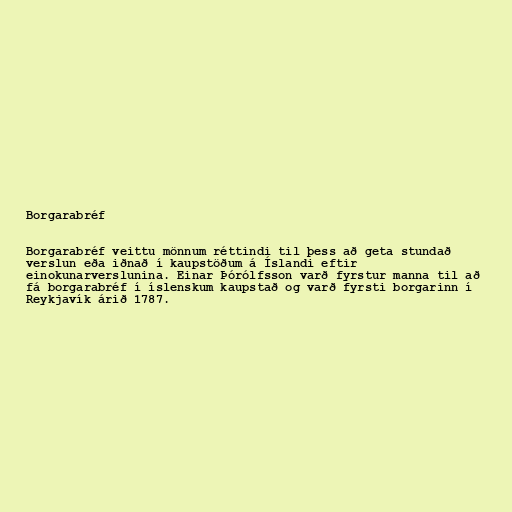
Borgarabréf

Borgarabréf veittu mönnum réttindi til þess að geta stundað
verslun eða iðnað í kaupstöðum á Íslandi eftir
einokunarverslunina. Einar Þórólfsson varð fyrstur manna til að
fá borgarabréf í íslenskum kaupstað og varð fyrsti borgarinn í
Reykjavík árið 1787.